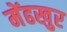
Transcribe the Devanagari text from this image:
मेंढखुर